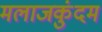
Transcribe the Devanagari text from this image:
मलाजकुंदम